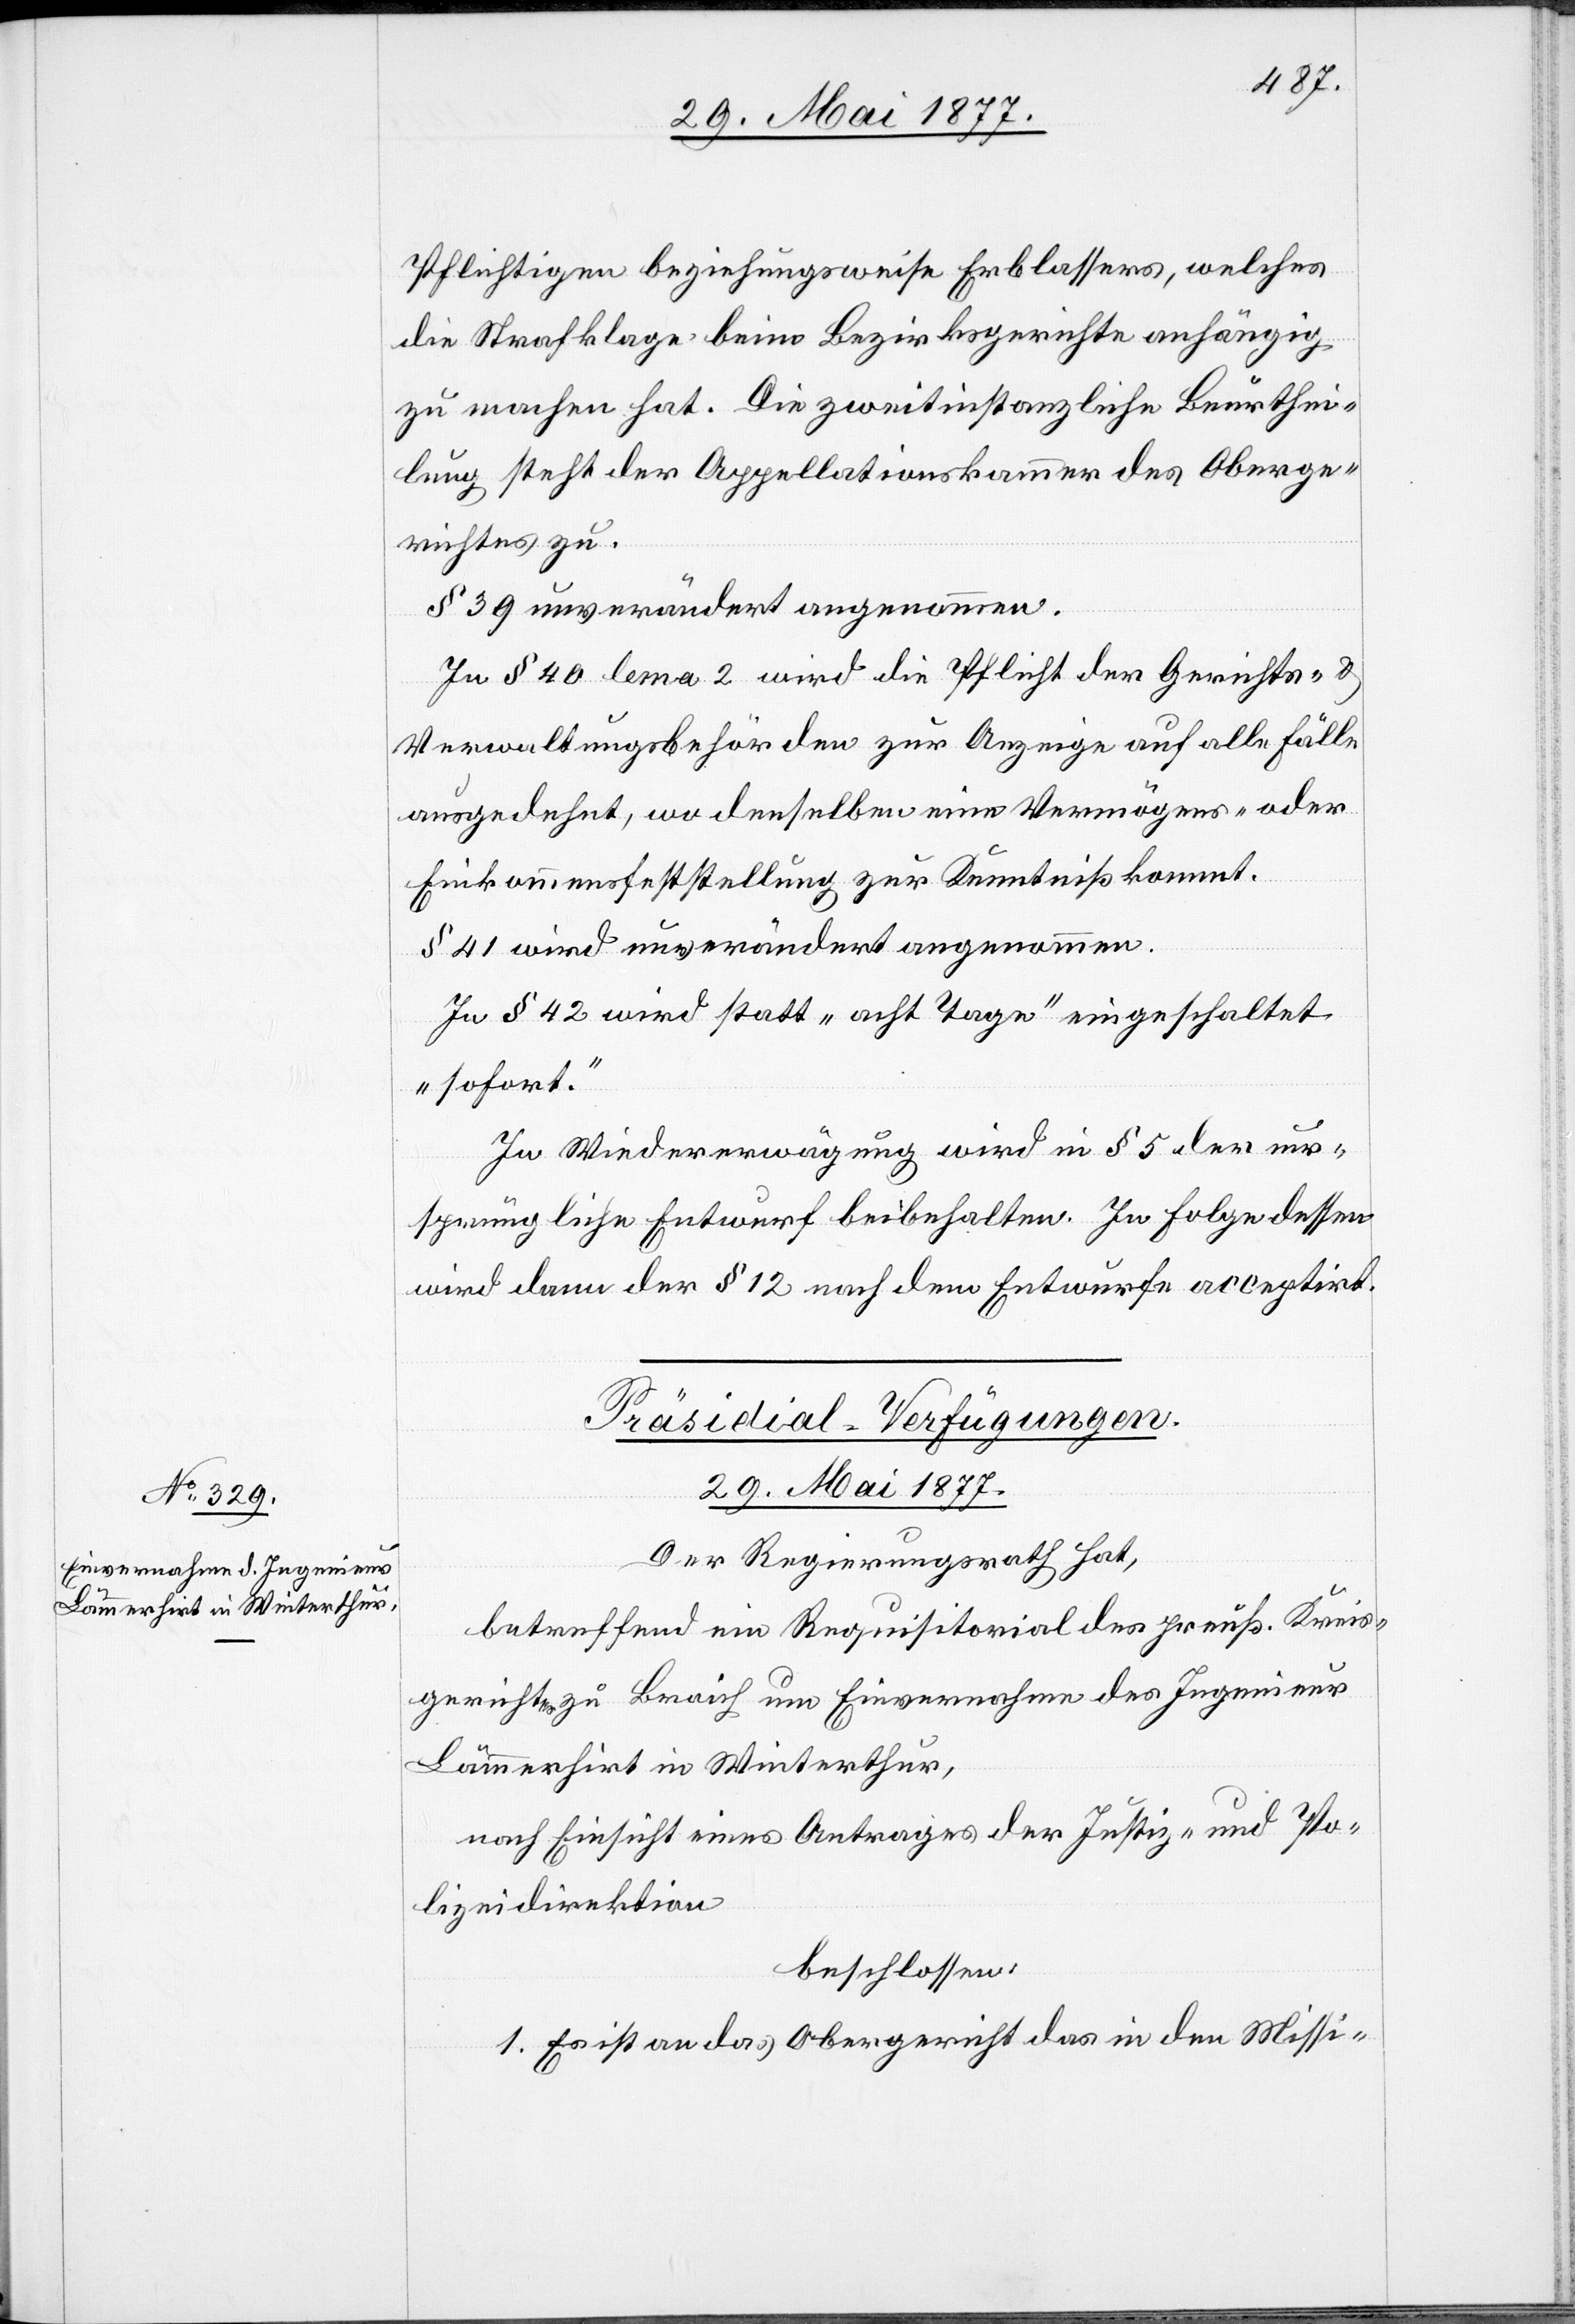
Pflichtigen beziehungsweise Erblassers, welches
die Strafklage beim Bezirksgerichte anhängig
zu machen hat. Die zweitinstanzliche Beurthei¬
lung steht der Appellationskammer des Oberge¬
richtes zu.
§ 39 unverändert angenommen.
In § 40 lema [sic!] 2 wird die Pflicht der Gerichts- &
Verwaltungsbehörden zur Anzeige auf alle Fälle
ausgedehnt, wo denselben eine Vermögens- oder
Einkommensfeststellung zu Kenntniß kommt.
§ 41 wird unverändert angenommen.
In § 42 wird statt „acht Tage“ eingeschaltet
„sofort“.
In Wiedererwägung wird in § 5 der ur¬
sprüngliche Entwurf beibehalten. In Folge dessen
wird dann der § 12 nach dem Entwurfe acceptirt.
Präsidial-Verfügungen.
29. Mai 1877.
Der Regierungsrath hat,
betreffend ein Requisitorial des preuß. Kreis¬
gerichtes zu Braich um Einvernahme des Ingenieur
Lämmerhirt in Winterthur,
nach Einsicht eines Antrages der Justiz- und Po¬
lizeidirektion
beschlossen:
1. Es ist an das Obergericht das in den Missi-